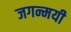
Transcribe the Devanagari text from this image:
जगन्मयी